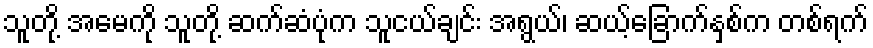
သူတို့ အမေကို သူတို့ ဆက်ဆံပုံက သူငယ်ချင်း အရွယ်၊ ဆယ့်ခြောက်နှစ်က တစ်ရက်